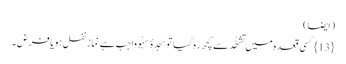
(اَیضاً)
{13} کسی قعدہ میں تَشَھُّد سے کچھ رَہ گیا توسَجدۂ سَہْو واجِب ہے نَماز نفل ہو یا فرض ۔